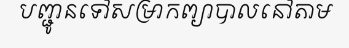
បញ្ជូនទៅសម្រាកព្យាបាលនៅតាម